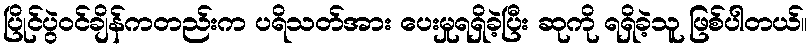
ပြိုင်ပွဲဝင်ချိန်ကတည်းက ပရိသတ်အား ပေးမှုရရှိခဲ့ပြီး ဆုကို ရရှိခဲ့သူ ဖြစ်ပါတယ်။